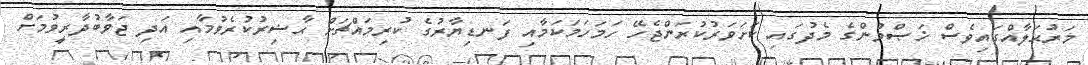
މަރުޙަލާއްގައިވެސް ޚަޞްމުންގެ މެދުގައި ކަށަވަރުކުރަންޖެހޭ ހަމަހަމަކަމާއި ފަނޑިޔާރުގެ ކުރިމައްޗަށް ޙާޟިރުކުރެވުމާއި އަދި ޖަވާބުދާރީވުމަށް